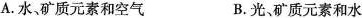
A.水，矿质元素和空气 B.光、矿质元素和水